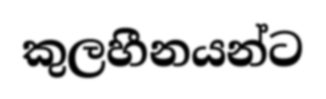
කුලහීනයන්ට